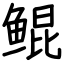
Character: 鲲